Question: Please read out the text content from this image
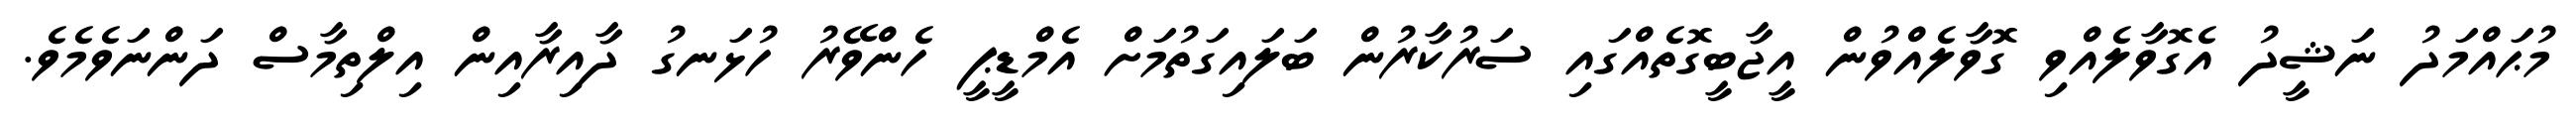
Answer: މުޙައްމަދު ނަޝީދު އެގޮވާލެއްވި ގޮވާލެއްވުން އީޖާބީގޮތެއްގައި ސަރުކާރުން ބަލައިގަތުމަށް އެމްޑީޕީ ހެންވޭރު ހުޅަނގު ދާއިރާއިން އިލްތިމާސް ދަންނަވެމެވެ.